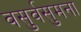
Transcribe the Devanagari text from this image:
वसुर्वसुमना